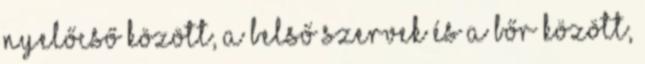
nyelőcső között, a belső szervek és a bőr között,